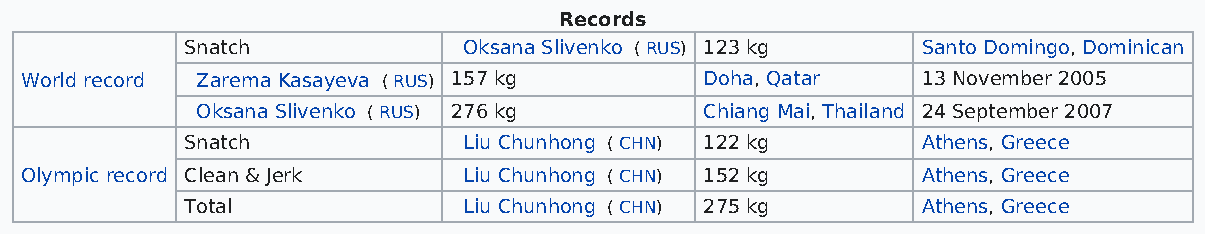
Records
 Snatch             Oksana Slivenko ( RUS) 123 kg Santo Domingo, Dominican
 World record Zarema Kasayeva ( RUS) 157 kg    Doha, Qatar   13 November 2005
 Oksana Slivenko ( RUS) 276 kg     Chiang Mai, Thailand 24 September 2007
 Snatch             Liu Chunhong ( CHN) 122 kg    Athens, Greece
 Olympic record Clean & Jerk   Liu Chunhong ( CHN) 152 kg    Athens, Greece
 Total              Liu Chunhong ( CHN) 275 kg    Athens, Greece